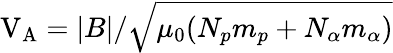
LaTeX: \mathrm{V_{A}}=|B|/\sqrt{\mu_{0}(N_{p}m_{p}+N_{\alpha}m_{\alpha})}